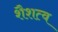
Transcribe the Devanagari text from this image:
शैशत्व